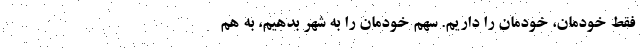
فقط خودمان، خودمان را داریم. سهمِ خودمان را به شَهر بدهیم، به هَم